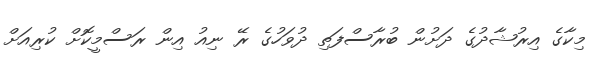
މިކާގެ އިރުޝާދުގެ ދަށުން ބުރާސްފަތި ދުވަހުގެ ރޭ ނިއު އިން ރަސްމީކޮށް ކުރިއަށް